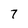
Character: 7